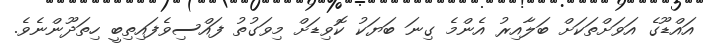
އައްޑޫގެ އަވަށްތަކަށް ބަލާއިރު އެންމެ ގިނަ ބަޔަކު ކޮވިޑަށް މިވަގުތު ފައްސިވެފައިތިބީ ހިތަދޫންނެވެ.